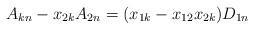
LaTeX: \begin{align*} A_{kn}-x_{2k}A_{2n}=(x_{1k}-x_{12}x_{2k})D_{1n}\end{align*}